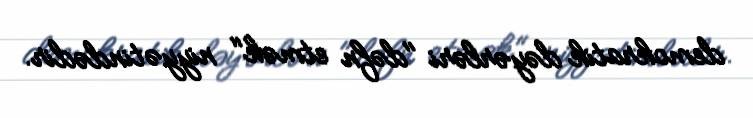
demokratik dəyərləri "dəfn etmək" niyyətindədir.